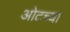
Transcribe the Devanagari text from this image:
ओटच्या